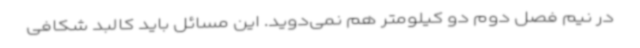
در نیم فصل دوم دو کیلومتر هم نمی‌دوید. این مسائل باید کالبد شکافی